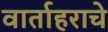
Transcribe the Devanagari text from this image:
वार्ताहराचे